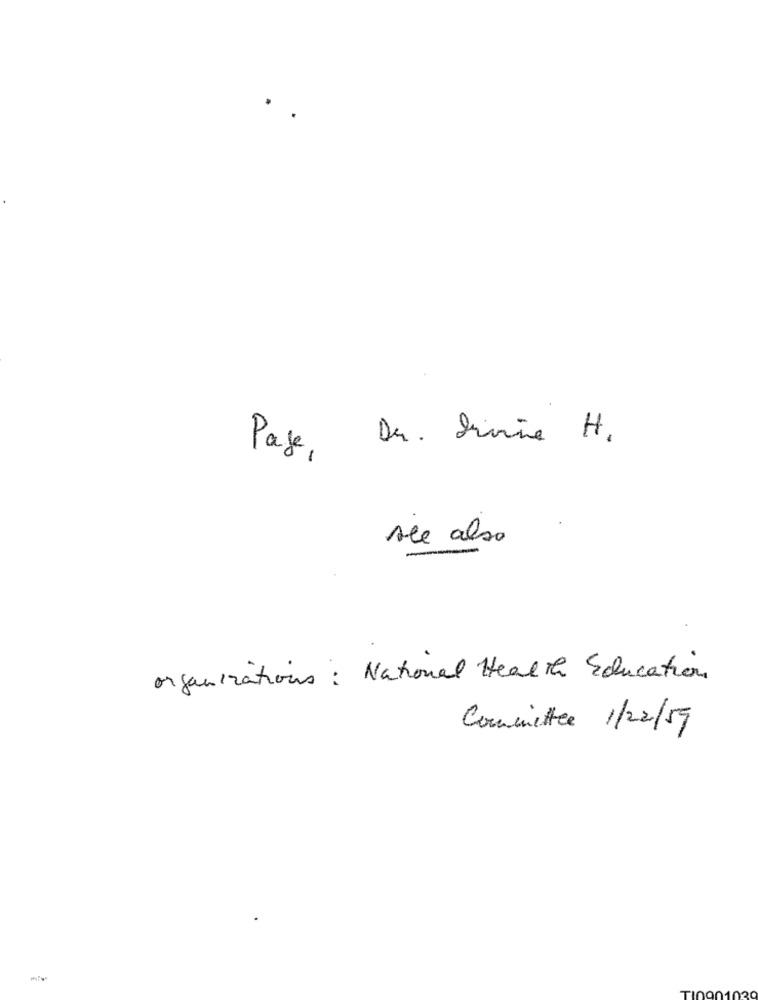
Page, Dr. Divine H,
Ale also
-
organizations: National Health Education
Committee 1/22/59
TIOO